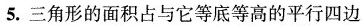
5.三角形的面积占与它等底等高的平行四边